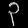
Digit: ၃